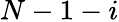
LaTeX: N-1-i